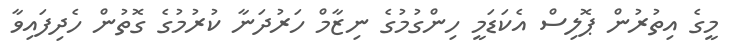
މީގެ އިތުރުން ޕޮލިސް އެކަޑަމީ ހިންގުމުގެ ނިޒާމް ހަރުދަނާ ކުރުމުގެ ގޮތުން ހެދިފައިވާ